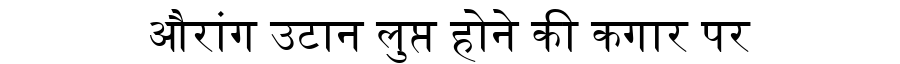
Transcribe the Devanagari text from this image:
औरांग उटान लुप्त होने की कगार पर